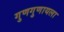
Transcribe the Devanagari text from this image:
गुणगुणायला